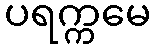
ပရက္ကမေ